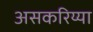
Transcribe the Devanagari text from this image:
असकरिय्या